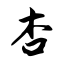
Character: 杏